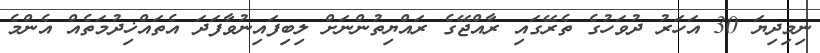
ނިމިދިޔަ 30 އަހަރު ދުވަހުގެ ތެރޭގައި ރާއްޖޭގެ ރައްޔިތުންނަށް ލިބިފައިނުވާފަދަ އެތައްޚިދުމަތެއް އެންމެ